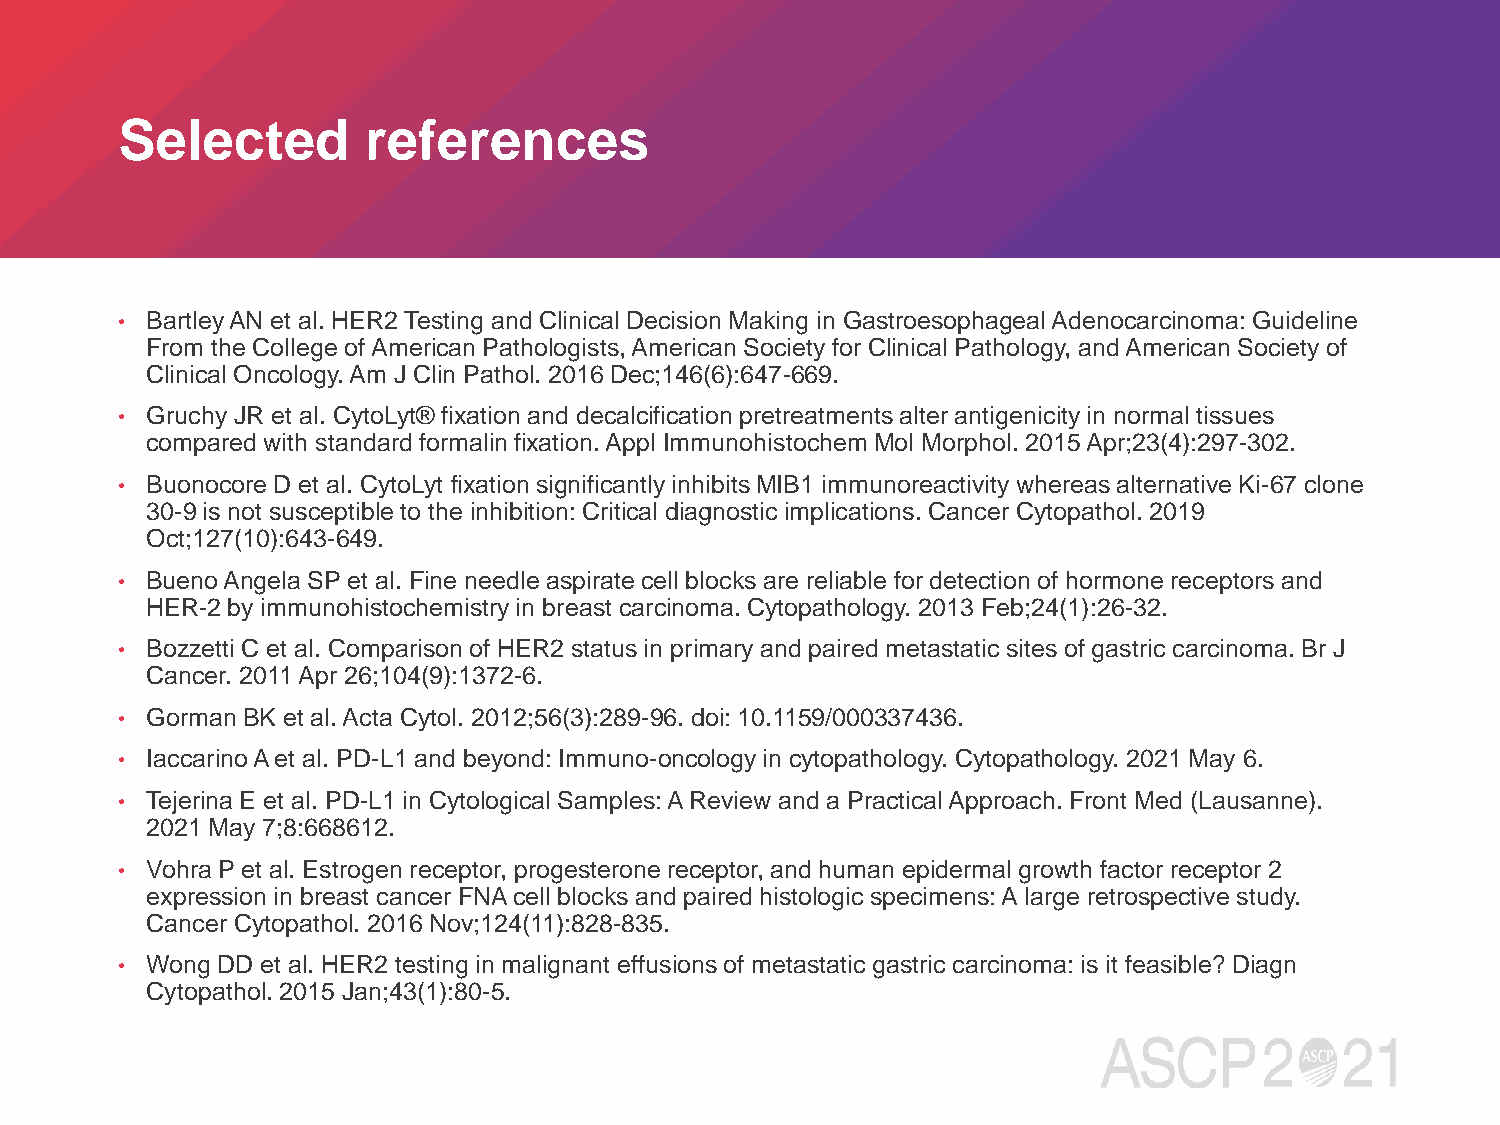
Selected        references
 • Bartley AN et al. HER2 Testing and Clinical Decision Making in Gastroesophageal Adenocarcinoma: Guideline
 From the College of American Pathologists, American Society for Clinical Pathology, and American Society of
 Clinical Oncology. Am J Clin Pathol. 2016 Dec;146(6):647-669.
 • Gruchy JR et al. CytoLyt® fixation and decalcification pretreatments alter antigenicity in normal tissues
 compared with standard formalin fixation. Appl Immunohistochem Mol Morphol. 2015 Apr;23(4):297-302.
 • Buonocore D et al. CytoLyt fixation significantly inhibits MIB1 immunoreactivity whereas alternative Ki-67 clone
 30-9 is not susceptible to the inhibition: Critical diagnostic implications. Cancer Cytopathol. 2019
 Oct;127(10):643-649.
 • Bueno Angela SP et al. Fine needle aspirate cell blocks are reliable for detection of hormone receptors and
 HER-2 by immunohistochemistry in breast carcinoma. Cytopathology. 2013 Feb;24(1):26-32.
 • Bozzetti C et al. Comparison of HER2 status in primary and paired metastatic sites of gastric carcinoma. Br J
 Cancer. 2011 Apr 26;104(9):1372-6.
 • Gorman BK et al. Acta Cytol. 2012;56(3):289-96. doi: 10.1159/000337436.
 • IaccarinoA et al. PD-L1 and beyond: Immuno-oncology in cytopathology. Cytopathology. 2021 May 6.
 • Tejerina E et al. PD-L1 in Cytological Samples: A Review and a Practical Approach. Front Med (Lausanne).
 2021 May 7;8:668612.
 • Vohra P et al. Estrogen receptor, progesterone receptor, and human epidermal growth factor receptor 2
 expression in breast cancer FNA cell blocks and paired histologic specimens: A large retrospective study.
 Cancer Cytopathol. 2016 Nov;124(11):828-835.
 • Wong DD et al. HER2 testing in malignant effusions of metastatic gastric carcinoma: is it feasible? Diagn
 Cytopathol. 2015 Jan;43(1):80-5.